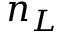
n _ { L }